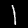
Digit: 1